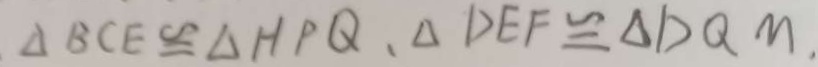
\Delta B C E \cong \Delta H P Q 、 \Delta D E F \cong \Delta D Q M .